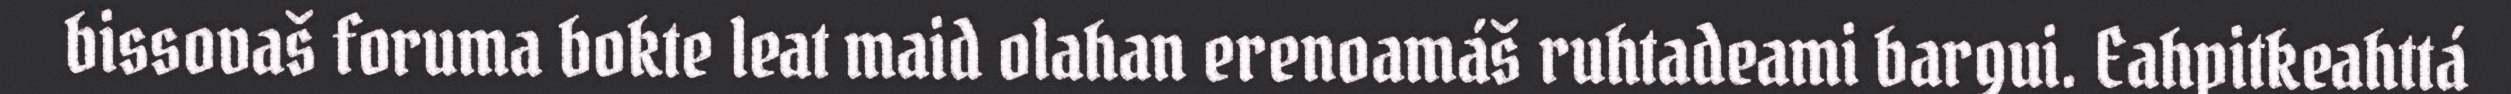
bissovaš foruma bokte leat maid olahan erenoamáš ruhtadeami bargui. Eahpitkeahttá